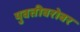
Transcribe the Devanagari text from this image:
युवतीबरोबर